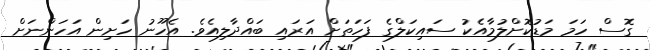
ގޮސް ހަމަ މަޑުކޮށްލުމާއެކު ސައިކަލްގެ ފަހަތަށް އަރައި ބައްދާލިއެވެ. އެހޫނު ހަށިން އަހަންނަށް